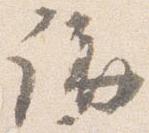
講